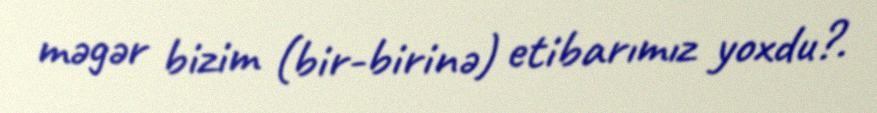
məgər bizim (bir-birinə) etibarımız yoxdu?.